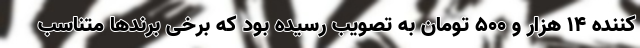
کننده ۱۴ هزار و ۵۰۰ تومان به تصویب رسیده بود که برخی برندها متناسب